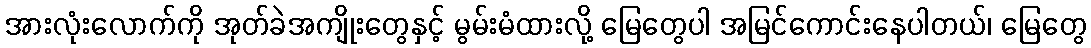
အားလုံးလောက်ကို အုတ်ခဲအကျိုးတွေနှင့် မွမ်းမံထားလို့ မြေတွေပါ အမြင်ကောင်းနေပါတယ်၊ မြေတွေ